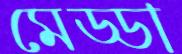
মেড্ডা